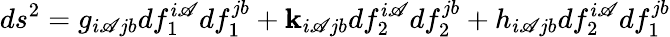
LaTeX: ds^{2}=g_{i\mathscr{A}jb}df_{1}^{i\mathscr{A}}df_{1}^{jb}+\mathbf{k}_{i\mathscr{A}jb}df_{2}^{i\mathscr{A}}df_{2}^{jb}+h_{i\mathscr{A}jb}df_{2}^{i\mathscr{A}}df_{1}^{jb}